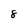
Character: 8